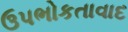
ઉપભોકતાવાદ